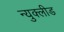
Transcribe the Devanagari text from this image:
न्युक्लीड